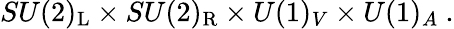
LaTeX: SU(2)_{\mathrm{{L}}}\times SU(2)_{\mathrm{{R}}}\times U(1)_{V}\times U(1)_{A}~.